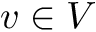
v \in V